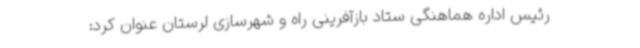
رئیس اداره هماهنگی ستاد بازآفرینی راه و شهرسازی لرستان عنوان کرد: